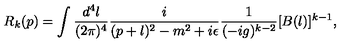
R _ { k } ( p ) = \int \frac { d ^ { 4 } l } { ( 2 \pi ) ^ { 4 } } \frac { i } { ( p + l ) ^ { 2 } - m ^ { 2 } + i \epsilon } \frac { 1 } { ( - i g ) ^ { k - 2 } } [ B ( l ) ] ^ { k - 1 } ,